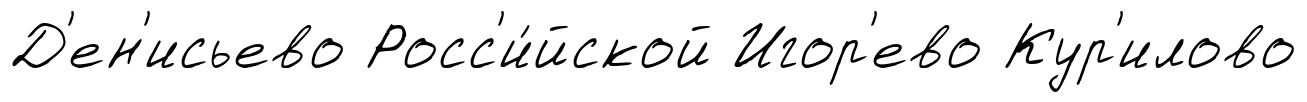
Д'ен'исьево Росс'и́йской Игор'ево Кур'илово